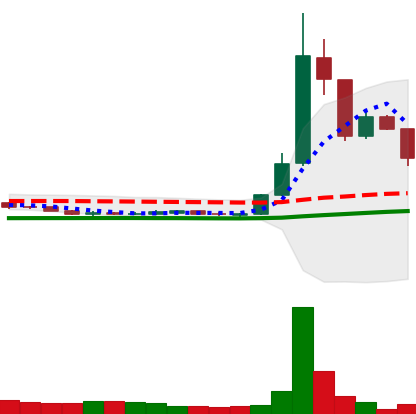
Ticker: DOGE-USD
Chart end date: 2020-07-13
Forward return: 9.283%
Label: up_7plus